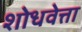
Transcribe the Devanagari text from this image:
शोधवेत्ता